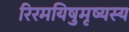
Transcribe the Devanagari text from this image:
रिरमयिषुमृष्यस्य